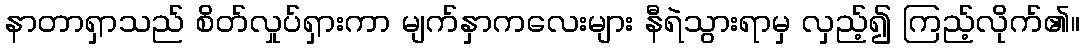
နာတာရှာသည် စိတ်လှုပ်ရှားကာ မျက်နှာကလေးများ နီရဲသွားရာမှ လှည့်၍ ကြည့်လိုက်၏။